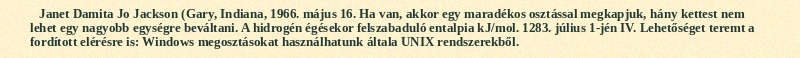
Janet Damita Jo Jackson (Gary, Indiana, 1966. május 16. Ha van, akkor egy maradékos osztással megkapjuk, hány kettest nem lehet egy nagyobb egységre beváltani. A hidrogén égésekor felszabaduló entalpia  kJ/mol. 1283. július 1-jén IV. Lehetőséget teremt a fordított elérésre is: Windows megosztásokat használhatunk általa UNIX rendszerekből.